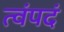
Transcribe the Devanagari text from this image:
त्वंपदं